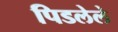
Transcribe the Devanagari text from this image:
पिडलेले